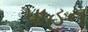
પાહન